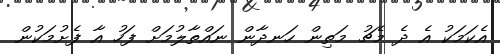
އެކަމަކު އެ ދެ މެޗު މަތިން ހަނދާން ނައްތާލުމަށް ފަހު އާ ފެށުމަކުން